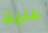
علينا